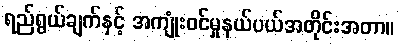
ရည်ရွယ်ချက်နှင့် အကျုံးဝင်မှုနယ်ပယ်အတိုင်းအတာ။